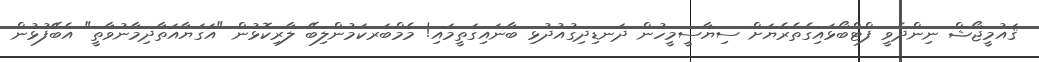
ޤައުމީޖޯޝް ނިންދެވީ ފްޓްބޯޅައިގެތެރެޔަށް ސިޔާސީމީހުން ދަނޑިދިގުއުދުޅި ބާނައިގަތީމައި! މެމްބަރކަމުންލިބޭ ލާރިކޮޅުން "އަގަޔާއަތާދިމާނުވާތީ" އެބޭފުޅުން